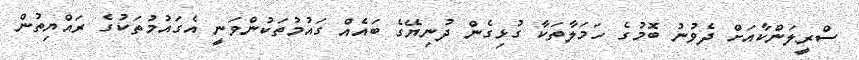
ސްރީލަންކާއަށް ދެވުނު ބޮމުގެ ހަމަލާތަކާ ގުޅިގެން ދުނިޔޭގެ ބައެއް ގައުމުތަކުންވަނީ އެގައުމުތަކުގެ ރައްޔިތުން